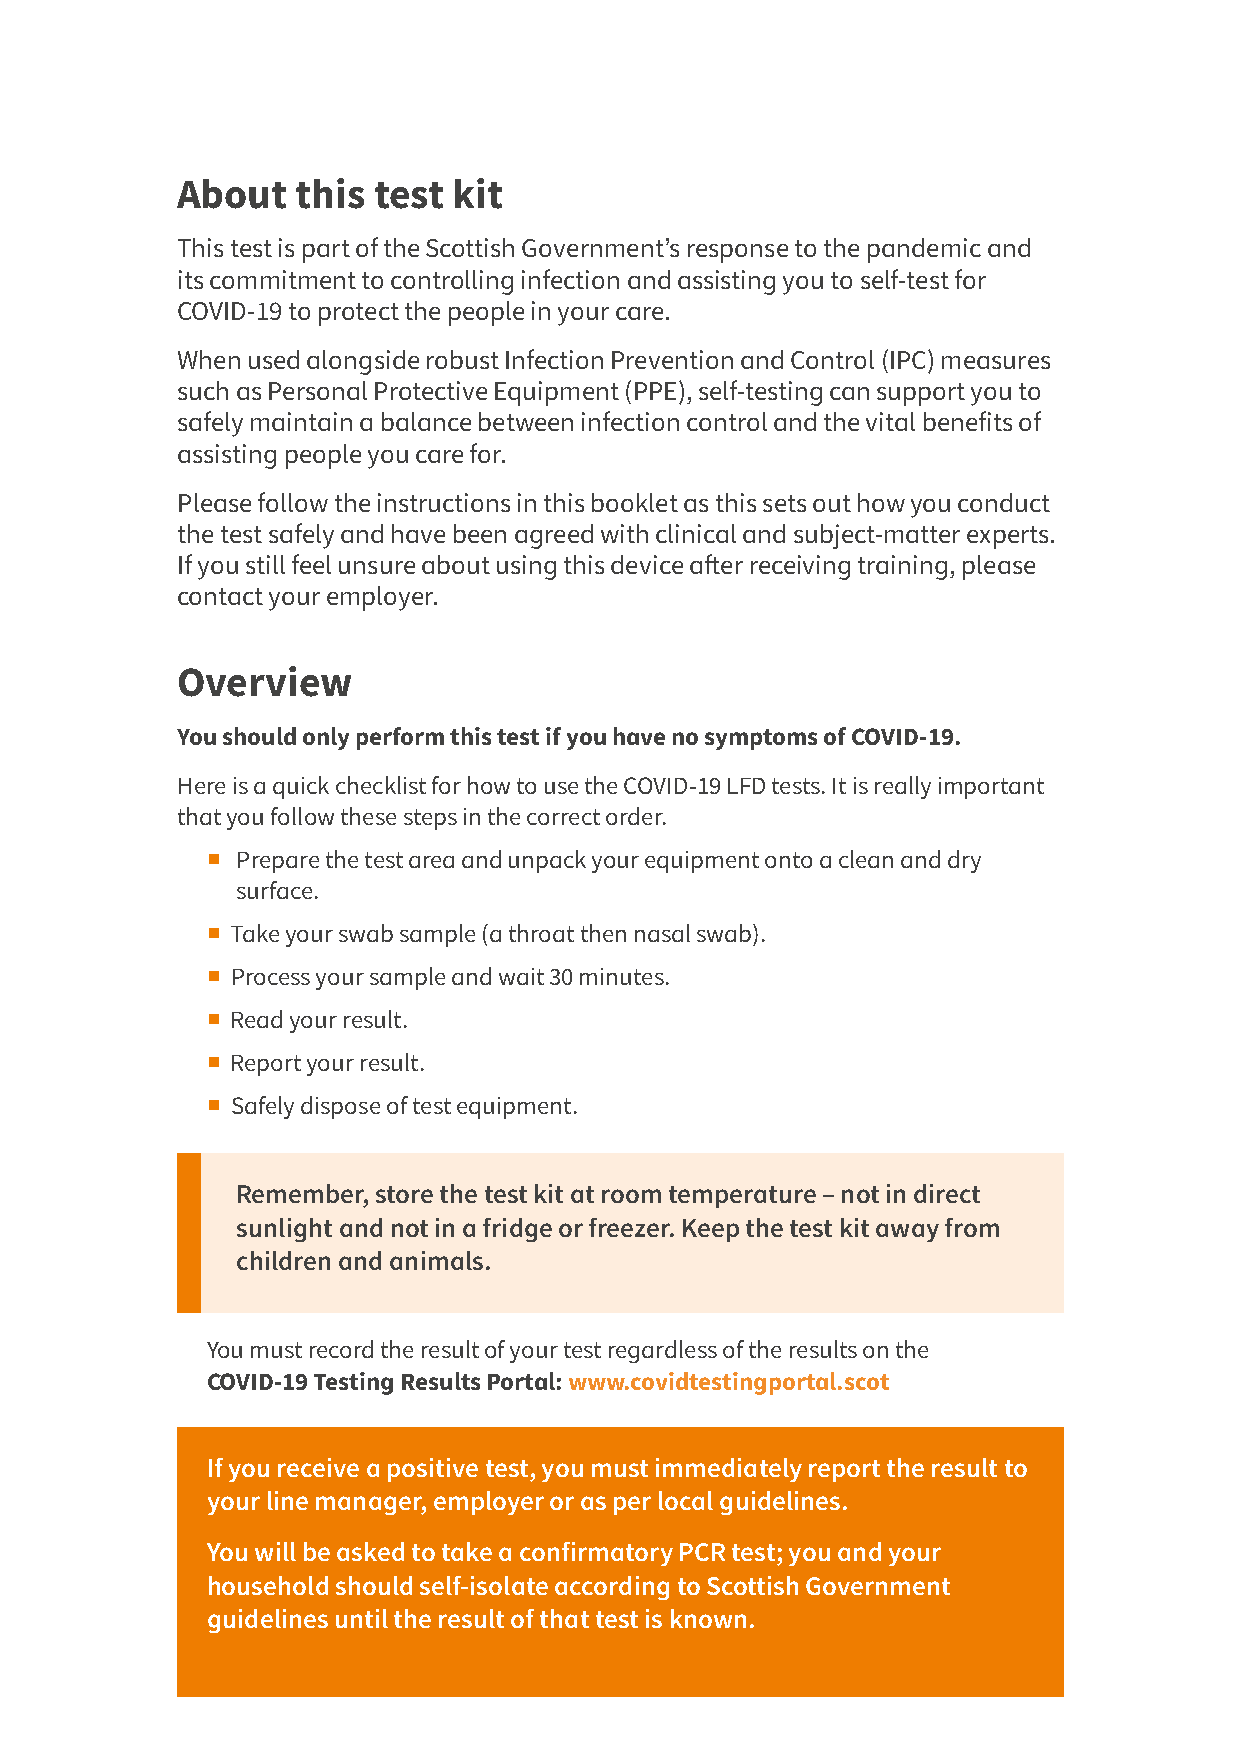
About   this test kit
 This test is part of the Scottish Government’s response to the pandemic and
 its commitment to controlling infection and assisting you to self-test for
 COVID-19 to protect the people in your care.
 When used alongside robust Infection Prevention and Control (IPC) measures
 such as Personal Protective Equipment (PPE), self-testing can support you to
 safely maintain a balance between infection control and the vital benefits of
 assisting people you care for.
 Please follow the instructions in this booklet as this sets out how you conduct
 the test safely and have been agreed with clinical and subject-matter experts.
 If you still feel unsure about using this device after receiving training, please
 contact your employer.
 Overview
 You should only perform this test if you have no symptoms of COVID-19.
 Here is a quick checklist for how to use the COVID-19 LFD tests. It is really important
 that you follow these steps in the correct order.
  Prepare the test area and unpack your equipment onto a clean and dry
 surface.
  Take your swab sample (a throat then nasal swab).
  Process your sample and wait 30 minutes.
  Read your result.
  Report your result.
  Safely dispose of test equipment.
 Remember, store the test kit at room temperature – not in direct
 sunlight and not in a fridge or freezer. Keep the test kit away from
 children and animals.
 You must record the result of your test regardless of the results on the
 COVID-19 Testing Results Portal: www.covidtestingportal.scot
 If you receive a positive test, you must immediately report the result to
 your line manager, employer or as per local guidelines.
 You will be asked to take a confirmatory PCR test; you and your
 household should self-isolate according to Scottish Government
 guidelines until the result of that test is known.